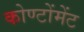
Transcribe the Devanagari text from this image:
कोण्टोंमेंट